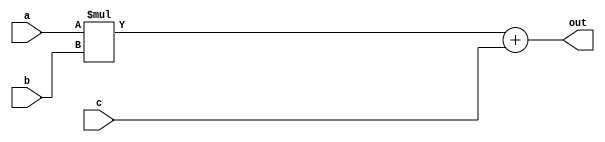
// This program was cloned from: https://github.com/lnis-uofu/OpenFPGA
// License: MIT License

//-------------------------------------------------------
//  Functionality: A 16-bit multiply-acculumate circuit
//-------------------------------------------------------

module mac_16(a, b, c, out);
parameter DATA_WIDTH = 16;  /* declare a parameter. default required */
input [DATA_WIDTH - 1 : 0] a, b, c;
output [DATA_WIDTH - 1 : 0] out;

assign out = a * b + c;

endmodule